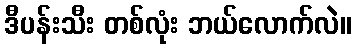
ဒီပန်းသီး တစ်လုံး ဘယ်လောက်လဲ။